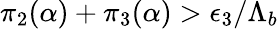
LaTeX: {\pi}_{2}(\alpha)+{\pi}_{3}(\alpha)>{\epsilon}_{3}/{\Lambda}_{b}